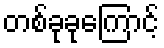
တစ်ခုခုကြောင့်